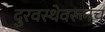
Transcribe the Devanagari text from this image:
दुरवस्थेवरूनच